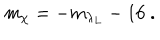
LaTeX: m _ { \chi } = - m _ { \lambda _ { L } } - 1 6 ~ .